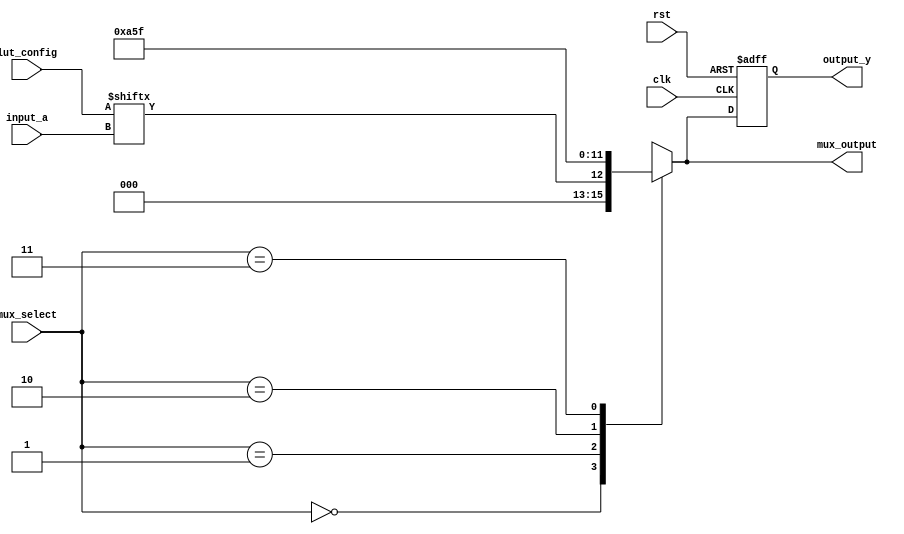
module ConfigurableLogicBlock (
    input wire [3:0] input_a,        // 4 input signals for LUT
    input wire [1:0] mux_select,      // MUX selection signal
    input wire clk,                   // Clock for flip-flops
    input wire rst,                   // Reset signal
    input wire [15:0] lut_config,     // Configuration for LUT (4-bit for 16 combinations)
    output reg [3:0] output_y,        // Output signals from CLB
    output reg [3:0] mux_output        // Output from MUX
);

// LUT implementation
wire [3:0] lut_out;
assign lut_out = lut_config[input_a];

// MUX implementation
always @(*) begin
    case (mux_select)
        2'b00: mux_output = lut_out;            // Output from LUT
        2'b01: mux_output = 4'b1010;            // Example constant output
        2'b10: mux_output = 4'b0101;            // Another example constant output
        2'b11: mux_output = 4'b1111;            // Another example constant output
        default: mux_output = 4'b0000;          // Default case
    endcase
end

// Output assignment
always @(posedge clk or posedge rst) begin
    if (rst) begin
        output_y <= 4'b0000;                   // Reset output
    end else begin
        output_y <= mux_output;                 // Capture MUX output
    end
end

endmodule